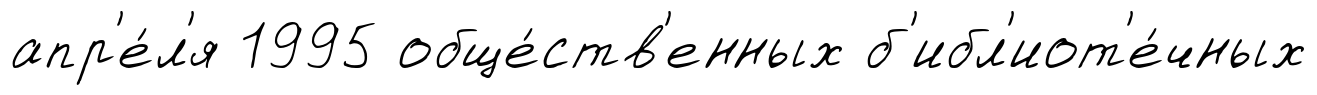
апр'е́л'я 1995 обще́ств'енных б'ибл'иот'е́чных